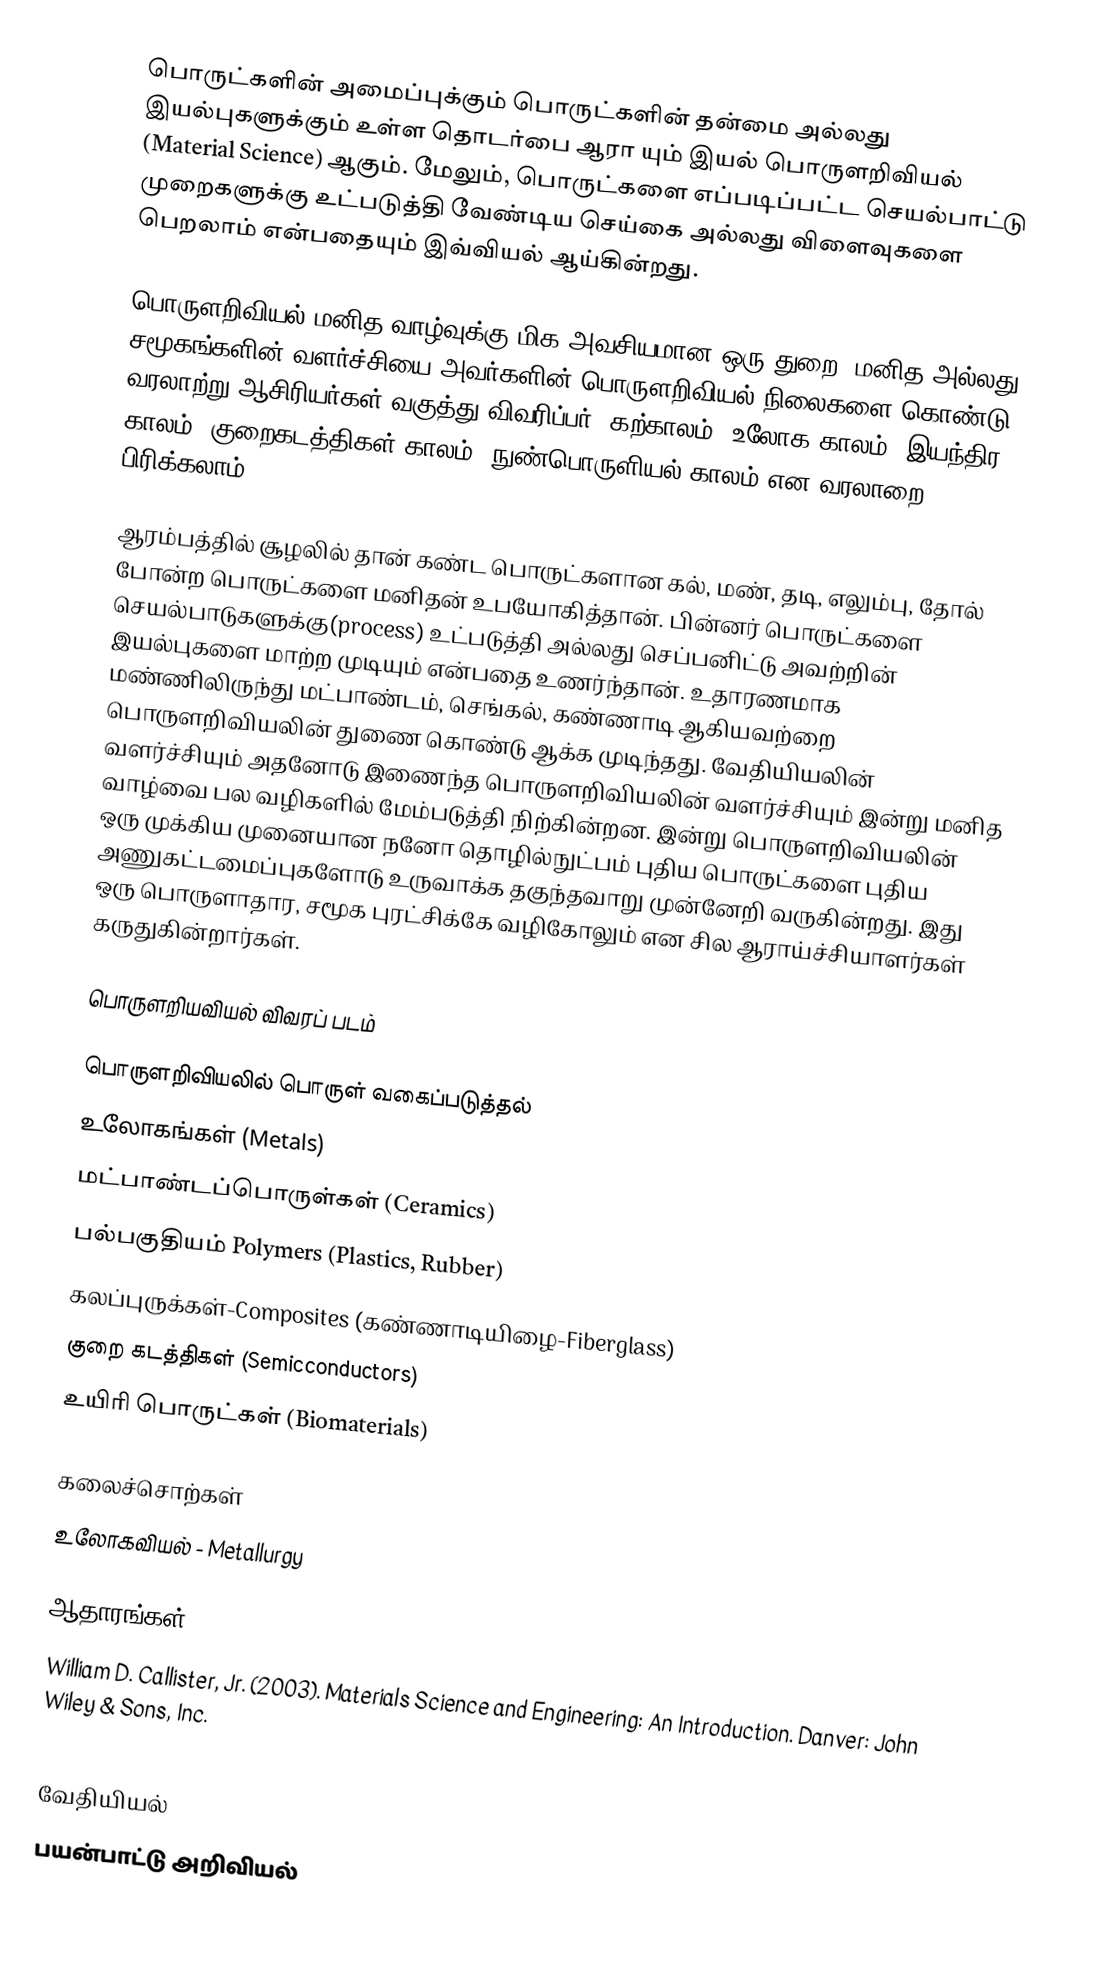
பொருட்களின் அமைப்புக்கும் பொருட்களின் தன்மை அல்லது இயல்புகளுக்கும் உள்ள தொடர்பை ஆரா யும் இயல் பொருளறிவியல் (Material Science) ஆகும். மேலும், பொருட்களை எப்படிப்பட்ட செயல்பாட்டு முறைகளுக்கு உட்படுத்தி வேண்டிய செய்கை அல்லது விளைவுகளை பெறலாம் என்பதையும் இவ்வியல் ஆய்கின்றது.

பொருளறிவியல் மனித வாழ்வுக்கு மிக அவசியமான ஒரு துறை. மனித அல்லது சமூகங்களின் வளர்ச்சியை அவர்களின் பொருளறிவியல் நிலைகளை கொண்டு வரலாற்று ஆசிரியர்கள் வகுத்து விவரிப்பர். கற்காலம், உலோக காலம், இயந்திர காலம், குறைகடத்திகள் காலம், நுண்பொருளியல் காலம் என வரலாறை பிரிக்கலாம்.

ஆரம்பத்தில் சூழலில் தான் கண்ட பொருட்களான கல், மண், தடி, எலும்பு, தோல் போன்ற பொருட்களை மனிதன் உபயோகித்தான். பின்னர் பொருட்களை செயல்பாடுகளுக்கு(process) உட்படுத்தி அல்லது செப்பனிட்டு அவற்றின் இயல்புகளை மாற்ற முடியும் என்பதை உணர்ந்தான். உதாரணமாக மண்ணிலிருந்து மட்பாண்டம், செங்கல், கண்ணாடி ஆகியவற்றை பொருளறிவியலின் துணை கொண்டு ஆக்க முடிந்தது. வேதியியலின் வளர்ச்சியும் அதனோடு இணைந்த பொருளறிவியலின் வளர்ச்சியும் இன்று மனித வாழ்வை பல வழிகளில் மேம்படுத்தி நிற்கின்றன. இன்று பொருளறிவியலின் ஒரு முக்கிய முனையான நனோ தொழில்நுட்பம் புதிய பொருட்களை புதிய அணுகட்டமைப்புகளோடு உருவாக்க தகுந்தவாறு முன்னேறி வருகின்றது. இது ஒரு பொருளாதார, சமூக புரட்சிக்கே வழிகோலும் என சில ஆராய்ச்சியாளர்கள் கருதுகின்றார்கள்.

பொருளறியவியல் விவரப் படம்

பொருளறிவியலில் பொருள் வகைப்படுத்தல்
 உலோகங்கள் (Metals)
 மட்பாண்டப்பொருள்கள் (Ceramics)
 பல்பகுதியம் Polymers (Plastics, Rubber)
 கலப்புருக்கள்-Composites (கண்ணாடியிழை-Fiberglass)
 குறை கடத்திகள் (Semicconductors)
 உயிரி பொருட்கள் (Biomaterials)

கலைச்சொற்கள்
 உலோகவியல் - Metallurgy

ஆதாரங்கள்
 William D. Callister, Jr. (2003). Materials Science and Engineering: An Introduction. Danver: John Wiley & Sons, Inc.

வேதியியல்
பயன்பாட்டு அறிவியல்